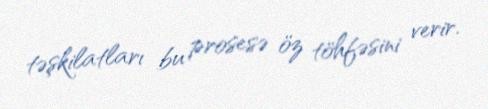
təşkilatları bu prosesə öz töhfəsini verir.